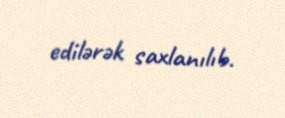
edilərək saxlanılıb.